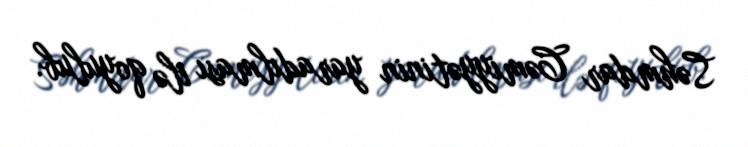
Səhmdar Cəmiyyətinin yaradılması ilə qoyulub.